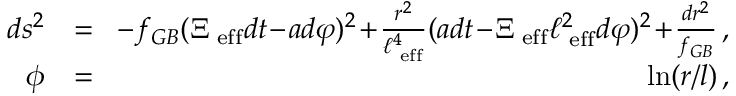
\begin{array} { r l r } { d s ^ { 2 } } & { = } & { \! - f _ { G B } ( \Xi _ { \mathrm { \tiny ~ e f f } } d t \! - \! a d \varphi ) ^ { 2 } \! + \! \frac { r ^ { 2 } } { \ell _ { \mathrm { \tiny ~ e f f } } ^ { 4 } } ( a d t \! - \! \Xi _ { \mathrm { \tiny ~ e f f } } \ell _ { \mathrm { \tiny ~ e f f } } ^ { 2 } d \varphi ) ^ { 2 } \! + \! \frac { d r ^ { 2 } } { f _ { G B } } \, , } \\ { \phi } & { = } & { \ln ( r / l ) \, , } \end{array}